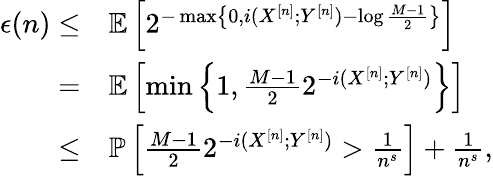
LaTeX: \begin{array}{rl}{\epsilon(n)\leq}&{\mathbb{E}\left[2^{-\operatorname*{max}\left\{ 0,i(X^{[n]};Y^{[n]})-\log\frac{M-1}{2}\right\} }\right]}\\ {=}&{\mathbb{E}\left[\operatorname*{min}\left\{ 1,\frac{M-1}{2}2^{-i(X^{[n]};Y^{[n]})}\right\} \right]}\\ {\leq}&{\mathbb{P}\left[\frac{M-1}{2}2^{-i(X^{[n]};Y^{[n]})}>\frac{1}{n^{s}}\right]+\frac{1}{n^{s}},}\end{array}